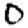
Digit: 0